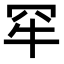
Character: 𤘰